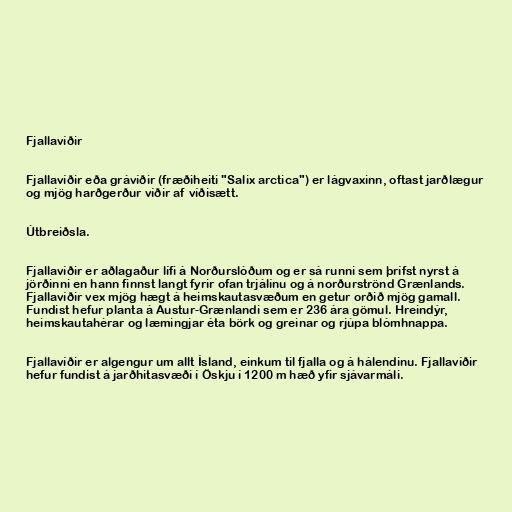
Fjallavíðir

Fjallavíðir eða grávíðir (fræðiheiti "Salix arctica") er lágvaxinn, oftast jarðlægur
og mjög harðgerður víðir af víðisætt.

Útbreiðsla.

Fjallavíðir er aðlagaður lífi á Norðurslóðum og er sá runni sem þrífst nyrst á
jörðinni en hann finnst langt fyrir ofan trjálínu og á norðurströnd Grænlands.
Fjallavíðir vex mjög hægt á heimskautasvæðum en getur orðið mjög gamall.
Fundist hefur planta á Austur-Grænlandi sem er 236 ára gömul. Hreindýr,
heimskautahérar og læmingjar éta börk og greinar og rjúpa blómhnappa.

Fjallavíðir er algengur um allt Ísland, einkum til fjalla og á hálendinu. Fjallavíðir
hefur fundist á jarðhitasvæði í Öskju í 1200 m hæð yfir sjávarmáli.